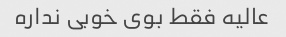
عالیه فقط بوی خوبی نداره